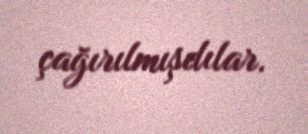
çağırılmışdılar.